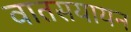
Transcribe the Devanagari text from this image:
वातसयायन